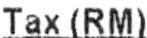
TAX (RM)